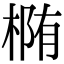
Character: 椭